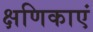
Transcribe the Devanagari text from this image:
क्षणिकाएं